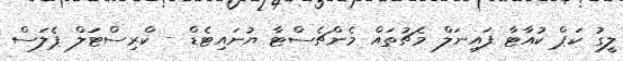
ލީގު ކަޕް ކުއާޓާ ފައިނަލް މެޗުތައް މެންޗެސްޓާ ޔުނައިޓެޑް - ކްރިސްޓަލް ޕެލަސް